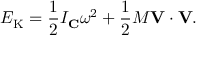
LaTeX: E _ { \mathrm { K } } = { \frac { 1 } { 2 } } I _ { \mathbf { C } } \omega ^ { 2 } + { \frac { 1 } { 2 } } M \mathbf { V } \cdot \mathbf { V } .